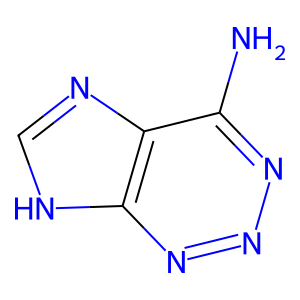
SMILES: Nc1nnnc2[nH]cnc12
Inhibits HIV replication: No